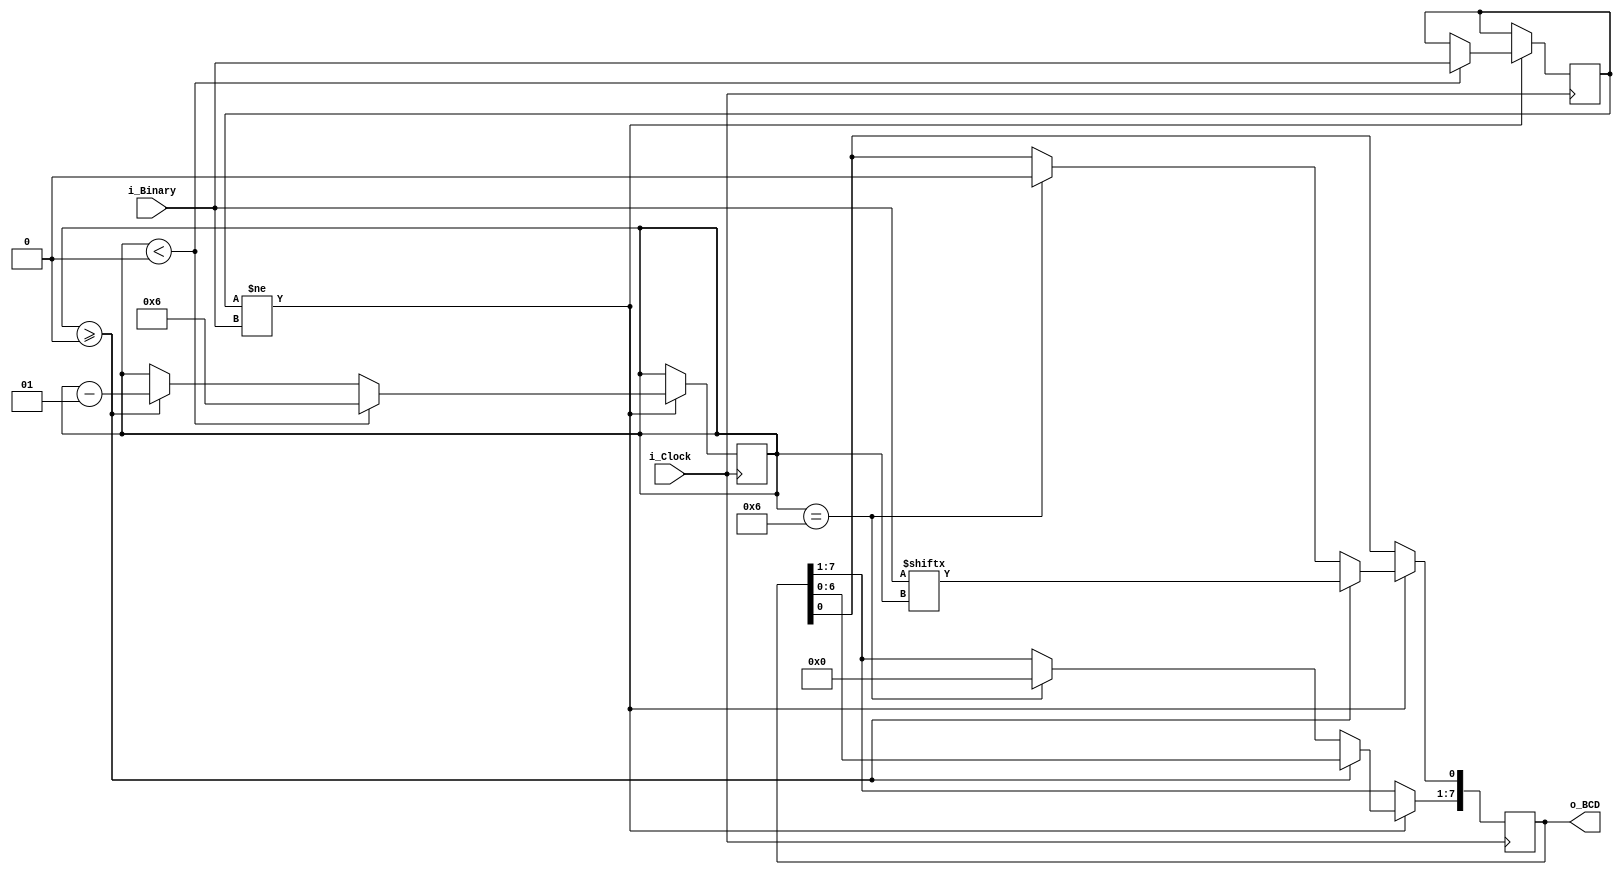
module Binary_to_BCD #(parameter INPUT_WIDTH = 7, parameter DECIMAL_DIGITS = 2)
	(
		input                         i_Clock,
		input [INPUT_WIDTH-1:0]       i_Binary,
		output [DECIMAL_DIGITS*4-1:0] o_BCD
	);
	// copy of original input
	reg [INPUT_WIDTH-1:0] r_Input = 0;
	// The vector that contains the output BCD
	reg [DECIMAL_DIGITS*4-1:0] r_BCD = 0;

	integer i_Counter = INPUT_WIDTH-1;
	wire [3:0] w_LSD;

	always @(posedge i_Clock)
	begin
		if (r_Input != i_Binary) begin
			if (i_Counter == INPUT_WIDTH-1)
				r_BCD <= 0;
			if (i_Counter >= 0) begin
				if (w_LSD > 1)
					r_BCD[3:0] <= w_LSD + 3;

				// shift all bits by one and append MSB from original binary
				r_BCD <= r_BCD << 1;
				r_BCD[0] <= i_Binary[i_Counter];
				i_Counter <= i_Counter - 1;
			end 
			if (i_Counter < 0) begin
				r_Input <= i_Binary;
				i_Counter <= INPUT_WIDTH-1;
			end
		end
	end

	assign w_LSD = r_BCD[3:0];
	assign o_BCD = r_BCD;

endmodule // Binary_to_BCD